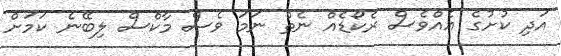
އަދި ކުށުގެ އެއްވެސް ރެކޯޑެއް ނެތް ނަމަ ވެސް މާކްސް ލިބޭނެ ކަމަށް